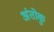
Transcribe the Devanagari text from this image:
अंतोकु